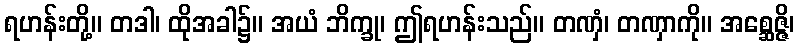
ရဟန်းတို့။ တဒါ၊ ထိုအခါ၌။ အယံ ဘိက္ခု၊ ဤရဟန်းသည်။ တဏှံ၊ တဏှာကို။ အစ္ဆေဇ္ဇိ၊